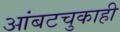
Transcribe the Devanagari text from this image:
आंबटचुकाही